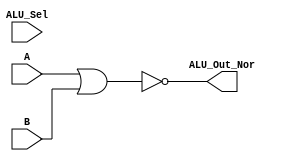
module Log_Nor(output [3:0] ALU_Out_Nor,input [3:0] A, input [3:0] B,input [3:0] ALU_Sel);
assign ALU_Out_Nor = ~(A|B);
endmodule